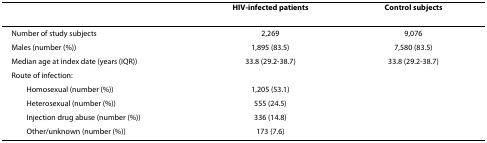
<table><thead><tr><td></td><td><b>HIV-infected patients</b></td><td><b>Control subjects</b></td></tr></thead><tbody><tr><td>Number of study subjects</td><td>2,269</td><td>9,076</td></tr><tr><td>Males (number (%))</td><td>1,895 (83.5)</td><td>7,580 (83.5)</td></tr><tr><td>Median age at index date (years (IQR))</td><td>33.8 (29.2-38.7)</td><td>33.8 (29.2-38.7)</td></tr><tr><td>Route of infection:</td><td></td><td></td></tr><tr><td> Homosexual (number (%))</td><td>1,205 (53.1)</td><td></td></tr><tr><td> Heterosexual (number (%))</td><td>555 (24.5)</td><td></td></tr><tr><td> Injection drug abuse (number (%))</td><td>336 (14.8)</td><td></td></tr><tr><td> Other/unknown (number (%))</td><td>173 (7.6)</td><td></td></tr></tbody></table>